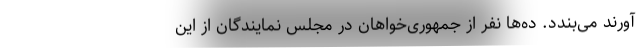
آورند می‌بندد. ده‌ها نفر از جمهوری‌خواهان در مجلس نمایندگان از این